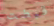
قبضت